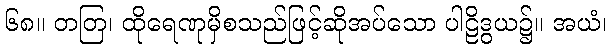
၆၈။ တတြ၊ ထိုရေဏုမှိစသည်ဖြင့်ဆိုအပ်သော ပါဠိဒွယ၌။ အယံ၊